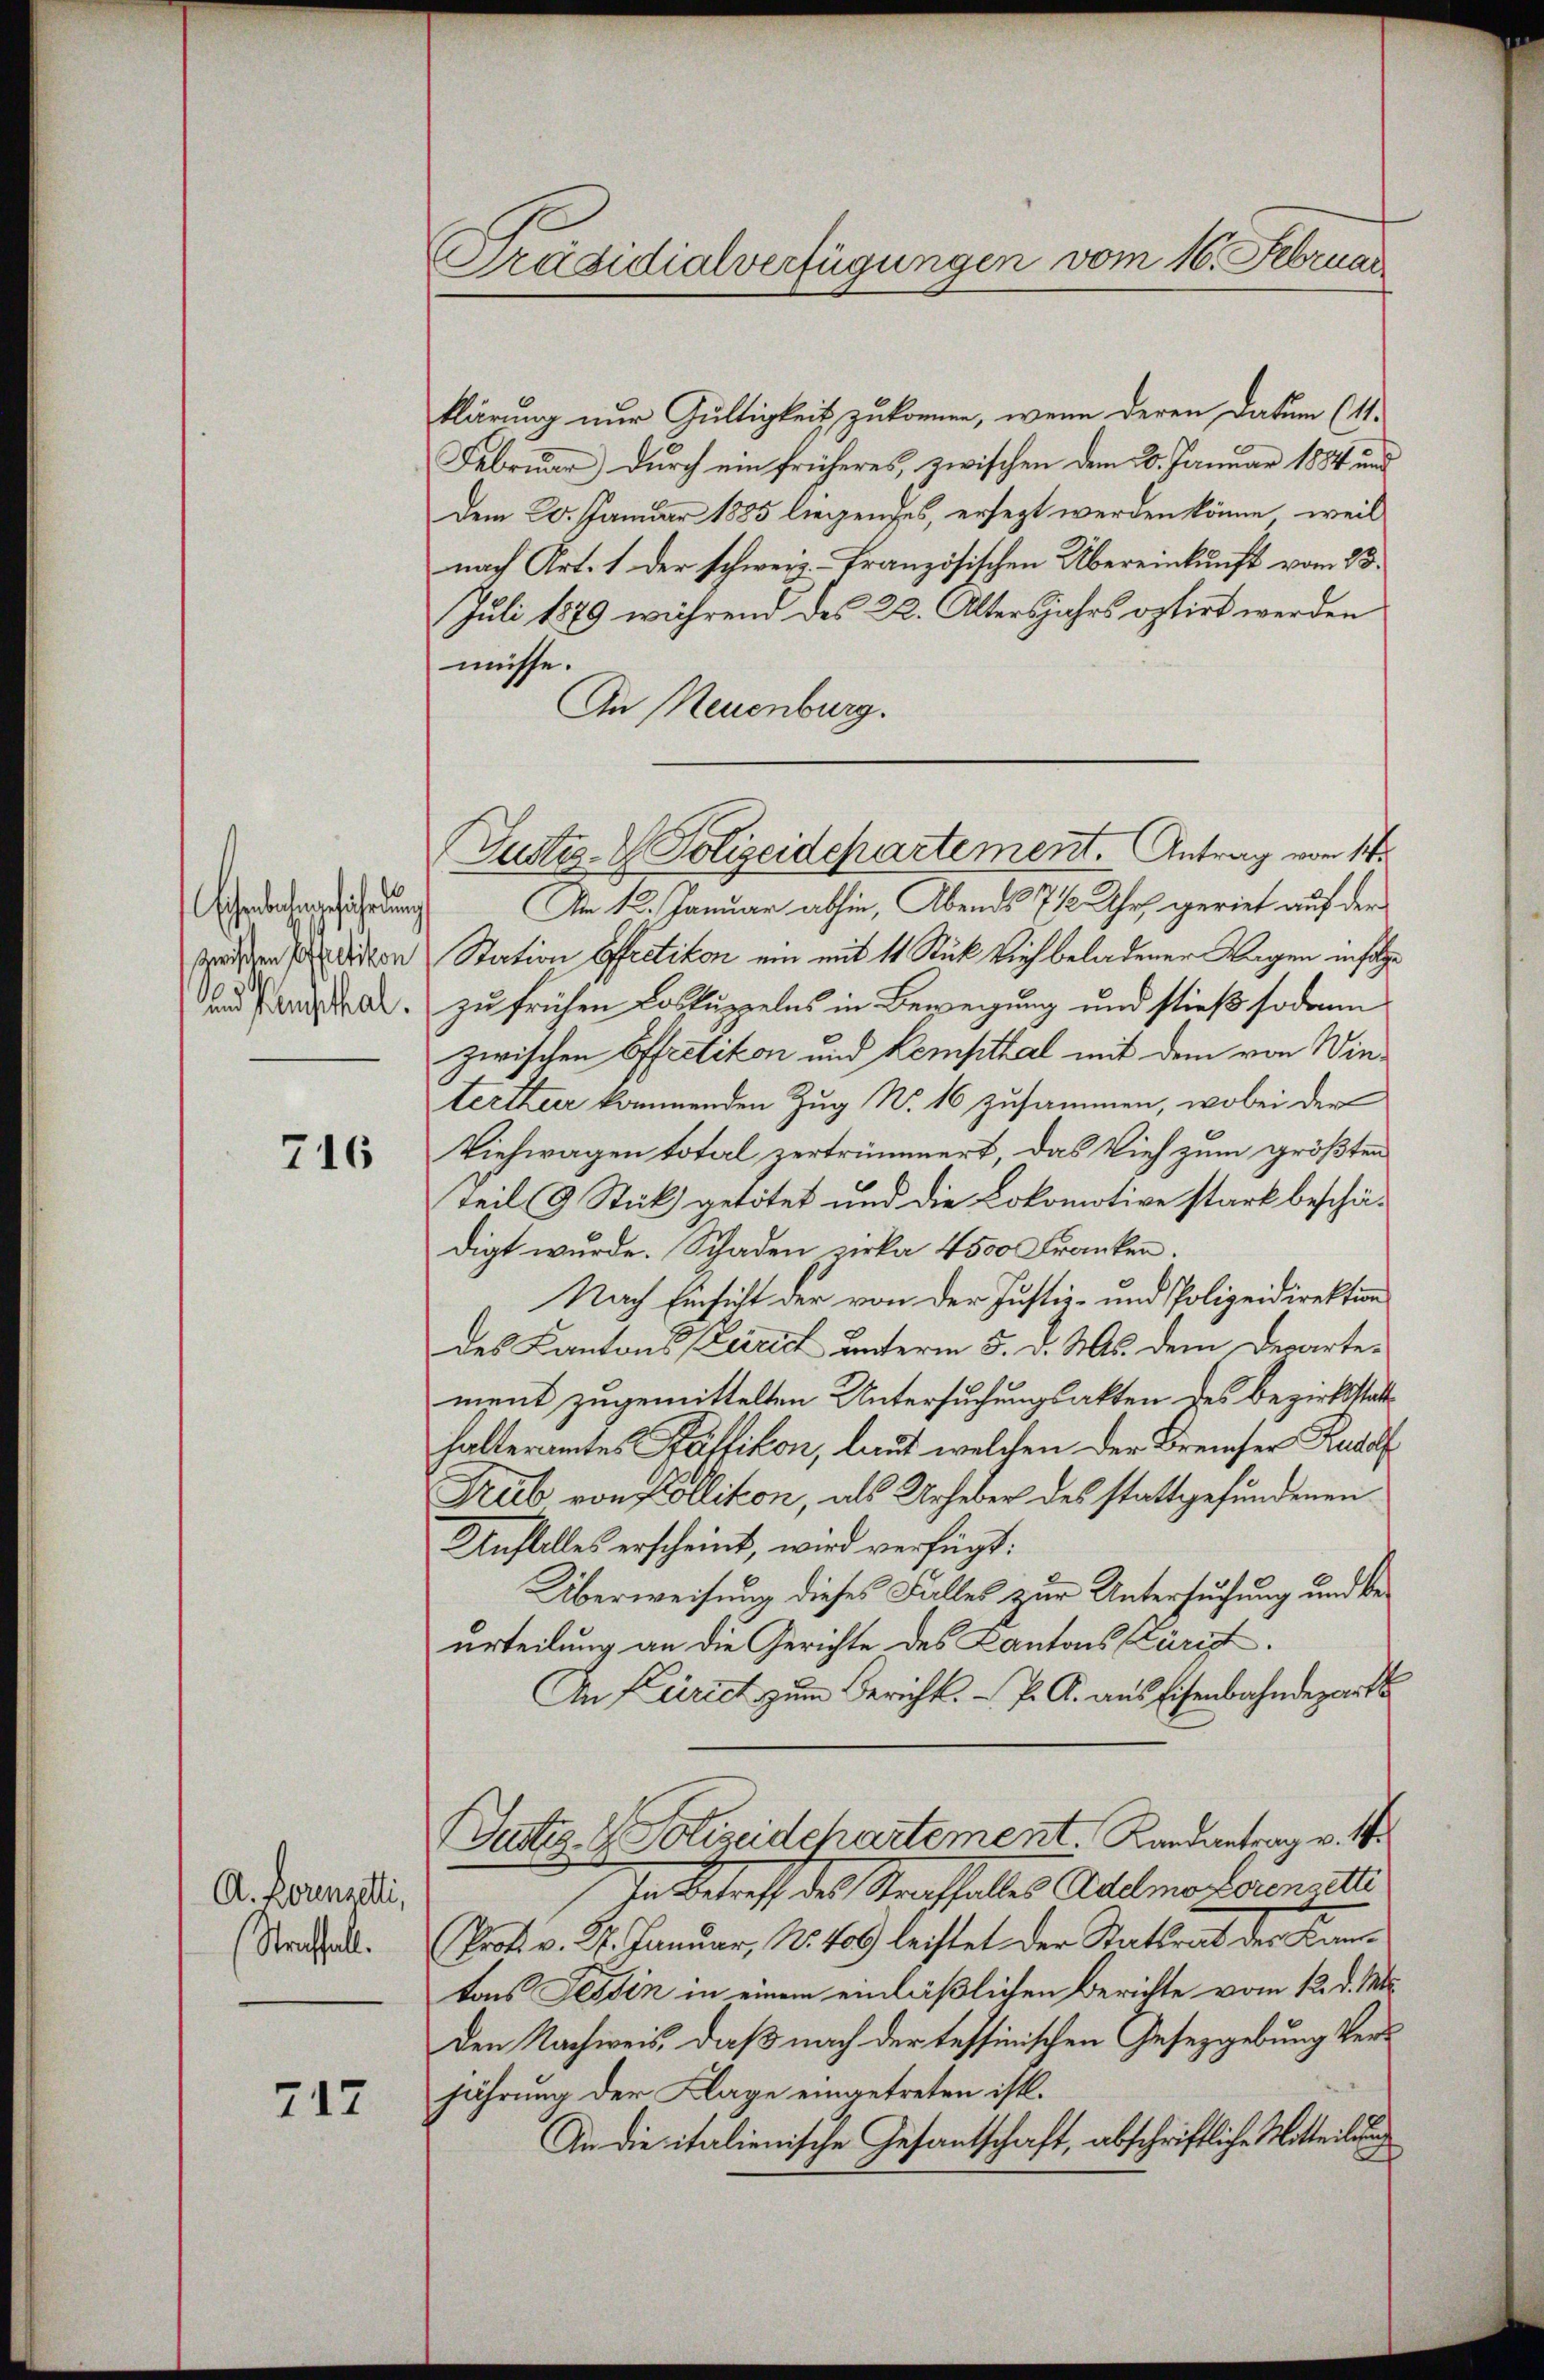
und Pamphal

716

A. Lorenzelti,
Straffall.

717

Präsidialverfügungen vom 16. Februar

klärung nur Gültigkeit zukomme, wenn deren Datum (11.
Februar durch ein früheres, zwischen dem 20. Januar 1884 und
Dem 20. Januar 1885 liegendes, ersezt werden könne, weil
nach Art. 1 der schweiz. Französischen Übereinkunft vom 23.
Juli 1879 während des 22. Altersjahrs optirt werden
müsse.
An Neuenburg.
dähnung. Am 12. Januar abhin, Abends 712 Uhr geriet auf der
sräthens den Station Effretikon ein mit 11 Stück Vieh beladener Wagen infolge
zu frühen Loskuppelns in Bewegung und stieß sodann
zwischen Effretikon und Kempthal mit dem von Winterther kommenden Zug No. 16 zusammen, wobei der
Viehwagen total zertrümmert, das Vieh zum größten
Teil (9 Stick getötet und die Lokomotive stark beschädigt wurde. Schaden zirka 4500 Franken.
Nach Einsicht der von der Justiz- und Polizeidirektion
des Kantons Terrich unterm 5. d. Ms. dem Departement zugemittelten Untersuchungsakten des Bezirksstatthalteramtes Pfäffikon, laut welchen der Breiser Rudolf
Trub von Pollikon, als Urheber des stattgefundenen
Anfalles erscheint, wird verfügt:
Überweisung dieses Falles zur Untersuchung und beurteilung an die Gerichte des Kantons Zürcht.
An Zürich zum Bericht. P. R. aus Eisenbahndepart
Wetiz- & Polizeidchartement. Kandantrag v. 1
In Betreff des Straffalles Adelmorderen di
Prost. v. 3. Januar, No. 400 leistet der Stattrat der Kantons Tessin in einem einläßlichen Berichte vom 12. d. Mts.
den Nachweis, daß nach der tessinischen Gesetzgebung Verjährung der Klage eingetreten ist.
An die italienische Gesandtschaft, abschriftliche Mitteilung

Justiz- & Polizeidepartement. Antrag vom 14.